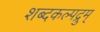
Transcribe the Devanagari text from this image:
शब्दकल्पद्रुम्